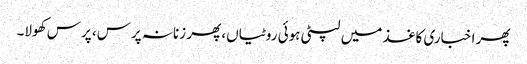
پھر اخباری کاغذ میں لپٹی ہوئی روٹیاں، پھر زنانہ پرس، پرس کھولا۔